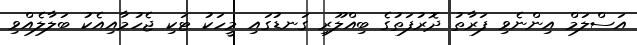
އަސްލަމް އިންނެވި ފަރާތު ދޮރުފަތުގެ ބިއްލޫރި ގަނޑުގައި މީހަކު ޓަކި ޖެހުމާއިއެކު ބަލާލެއްވި